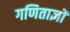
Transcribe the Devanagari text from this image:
गणिताज्ञों